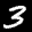
Label: 3